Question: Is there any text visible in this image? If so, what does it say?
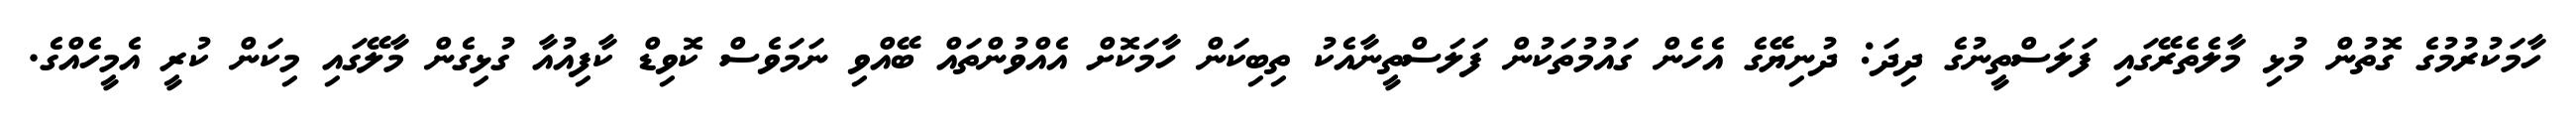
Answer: ހާމަކުރުމުގެ ގޮތުން މުޅި މާލެތެރޭގައި ފަލަސްތީނުގެ ދިދަ: ދުނިޔޭގެ އެހެން ގައުމުތަކުން ފަލަސްތީނާއެކު ތިބިކަން ހާމަކޮށް އެއްވުންތައް ބޭއްވި ނަމަވެސް ކޮވިޑް ކާފިއުއާ ގުޅިގެން މާލޭގައި މިކަން ކުރީ އެމީހެއްގެ.